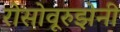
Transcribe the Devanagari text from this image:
रोसोवूरुझेनी